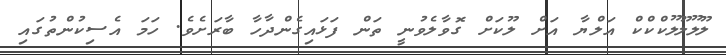
ލޫލޫލޫލޫކްކްކް އަލްޔާ އަށް ލޫކަށް ގޮވާލެވުނީ ތަން ފަޅައިގެންދާހާ ބާރަށެވެ. ހަމަ އެސިކުންތުގައި